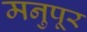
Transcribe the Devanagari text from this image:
मनुपूर